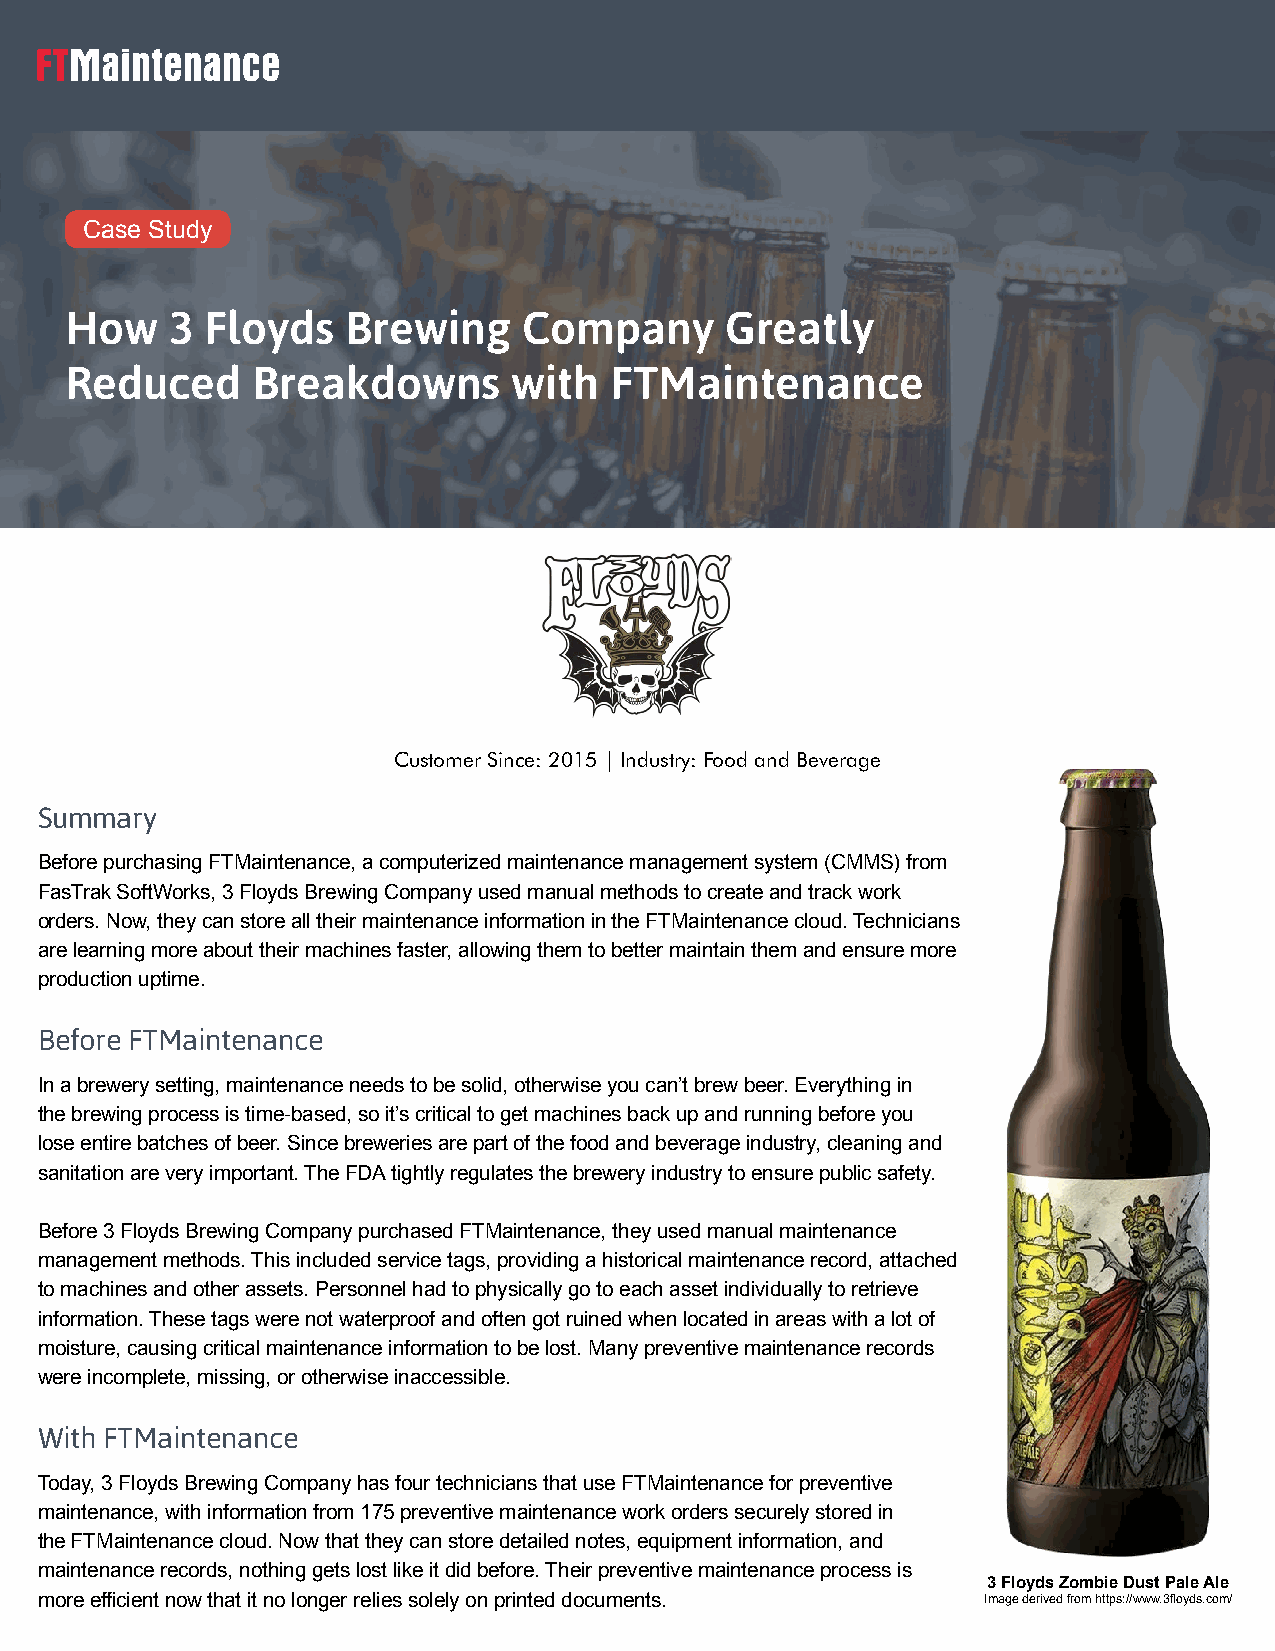
Case Study
 How    3  Floyds   Brewing     Company      Greatly
 Reduced      Breakdowns       with  FTMaintenance
 Customer Since: 2015 | Industry: Food and Beverage
 Summary
 Before purchasing FTMaintenance, a computerized maintenance management system (CMMS) from
 FasTrak SoftWorks, 3 Floyds Brewing Company used manual methods to create and track work
 orders. Now, they can store all their maintenance information in the FTMaintenance cloud. Technicians
 are learning more about their machines faster, allowing them to better maintain them and ensure more
 production uptime.
 Before FTMaintenance
 In a brewery setting, maintenance needs to be solid, otherwise you can’t brew beer. Everything in
 the brewing process is time-based, so it’s critical to get machines back up and running before you
 lose entire batches of beer. Since breweries are part of the food and beverage industry, cleaning and
 sanitation are very important. The FDA tightly regulates the brewery industry to ensure public safety.
 Before 3 Floyds Brewing Company purchased FTMaintenance, they used manual maintenance
 management methods. This included service tags, providing a historical maintenance record, attached
 to machines and other assets. Personnel had to physically go to each asset individually to retrieve
 information. These tags were not waterproof and often got ruined when located in areas with a lot of
 moisture, causing critical maintenance information to be lost. Many preventive maintenance records
 were incomplete, missing, or otherwise inaccessible.
 With FTMaintenance
 Today, 3 Floyds Brewing Company has four technicians that use FTMaintenance for preventive
 maintenance, with information from 175 preventive maintenance work orders securely stored in
 the FTMaintenance cloud. Now that they can store detailed notes, equipment information, and
 maintenance records, nothing gets lost like it did before. Their preventive maintenance process is
 3 Floyds Zombie Dust Pale Ale
 more efficient now that it no longer relies solely on printed documents. Image derived from https://www.3floyds.com/